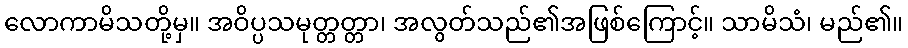
လောကာမိသတို့မှ။ အဝိပ္ပသမုတ္တတ္တာ၊ အလွတ်သည်၏အဖြစ်ကြောင့်။ သာမိသံ၊ မည်၏။